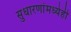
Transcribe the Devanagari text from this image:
सुधारणांमध्येही